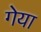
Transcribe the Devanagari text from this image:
गेया